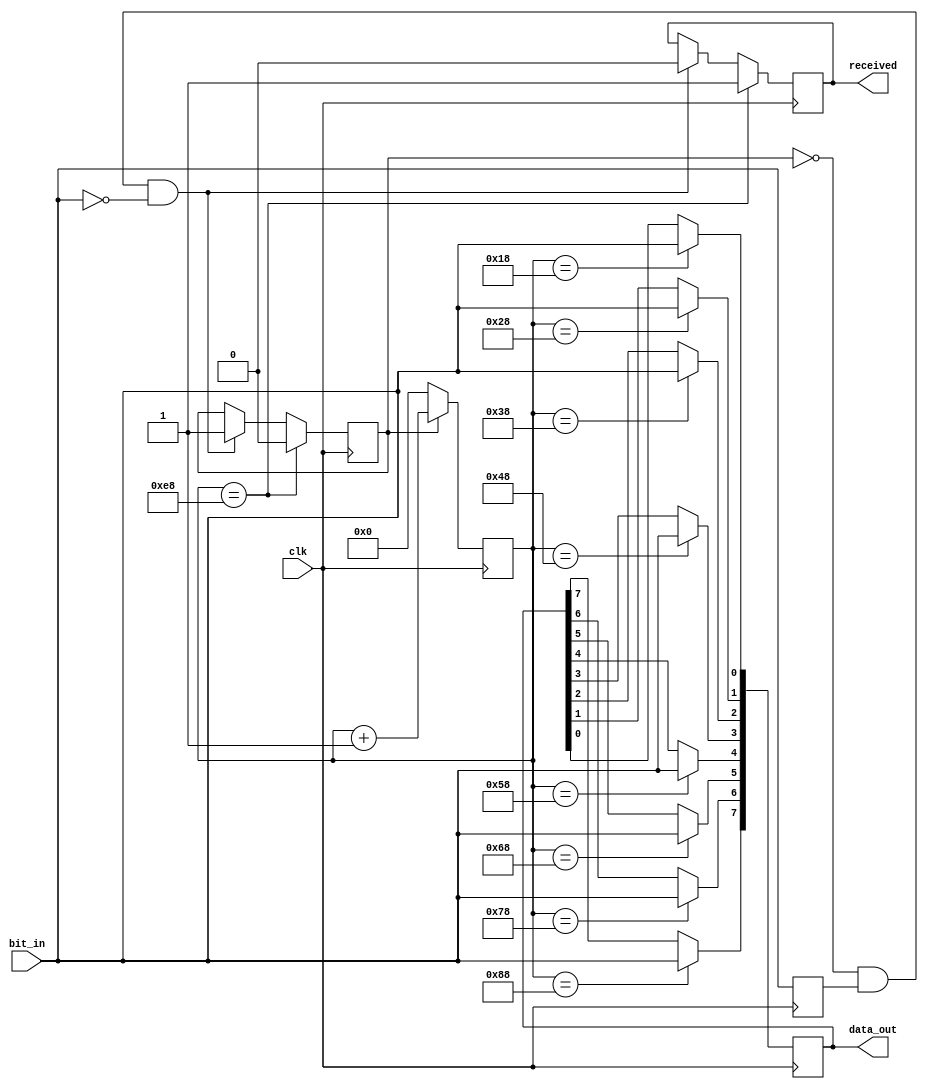
module uart_rx(
    input clk,
    input bit_in,
    output reg received,
    output reg [7:0] data_out
    );
    
    reg last_bit;
    reg receiving = 0;
    reg [7:0] count;
    
    always@(posedge clk) begin
        if (~receiving & last_bit & ~bit_in) begin
            receiving <= 1;
            received <= 0;
            count <= 0;
        end

        last_bit <= bit_in;
        count <= (receiving) ? count+1 : 0;
        
        // sampling every 16 ticks
        case (count)
            8'd24:  data_out[0] <= bit_in;
            8'd40:  data_out[1] <= bit_in;
            8'd56:  data_out[2] <= bit_in;
            8'd72:  data_out[3] <= bit_in;
            8'd88:  data_out[4] <= bit_in;
            8'd104: data_out[5] <= bit_in;
            8'd120: data_out[6] <= bit_in;
            8'd136: data_out[7] <= bit_in;
            8'd1000: begin received <= 1; receiving <= 0; end
        endcase
    end
endmodule